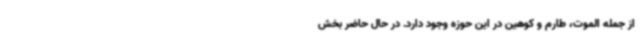
از جمله الموت، طارم و کوهین در این حوزه وجود دارد. در حال حاضر بخش